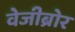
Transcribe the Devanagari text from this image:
वेजीब्रोर